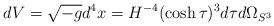
LaTeX: \begin{align*}dV=\sqrt{-g}d^4x=H^{-4}(\cosh \tau)^{3} d\tau d\Omega_{S^3}\end{align*}